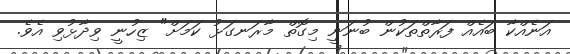
އަނެއްކާ ބައެއް ފަރާތްތަކުން ބުނަނީ މިގޮތް މާރަނގަޅު ކަމަށް" ޒިހުނީ ވިދާޅުވި އެވެ.